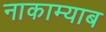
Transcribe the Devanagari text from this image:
नाकाम्याब